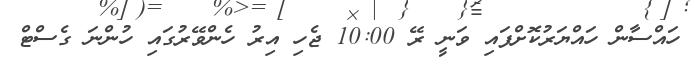
ހައްސާން ހައްޔަރުކޮށްފައި ވަނީ ރޭ 10:00 ޖެހި އިރު ހެންވޭރުގައި ހުންނަ ގެސްޓް